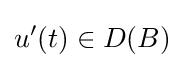
u'(t)\in D(B)